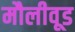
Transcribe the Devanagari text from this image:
मौलीवूड